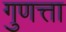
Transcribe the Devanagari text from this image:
गुणत्ता